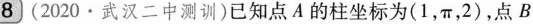
8 (2020·武汉二中测训)已知点A的柱坐标为(1，π，2)，点B